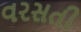
વરસતી